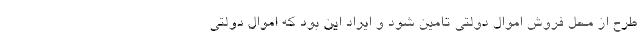
طرح از محل فروش اموال دولتی تامین شود و ایراد این بود که اموال دولتی